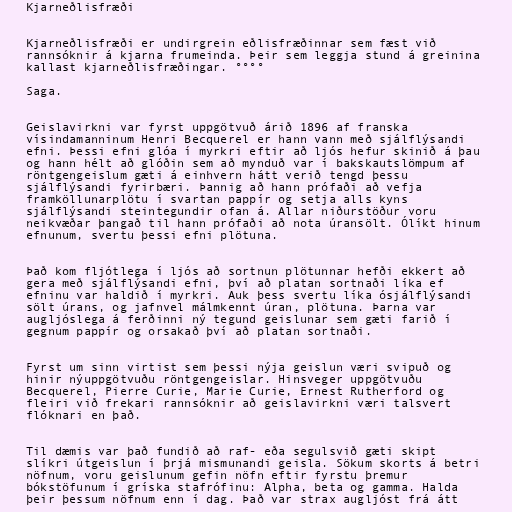
Kjarneðlisfræði

Kjarneðlisfræði er undirgrein eðlisfræðinnar sem fæst við
rannsóknir á kjarna frumeinda. Þeir sem leggja stund á greinina
kallast kjarneðlisfræðingar. °°°°

Saga.

Geislavirkni var fyrst uppgötvuð árið 1896 af franska
vísindamanninum Henri Becquerel er hann vann með sjálflýsandi
efni. Þessi efni glóa í myrkri eftir að ljós hefur skinið á þau
og hann hélt að glóðin sem að mynduð var í bakskautslömpum af
röntgengeislum gæti á einhvern hátt verið tengd þessu
sjálflýsandi fyrirbæri. Þannig að hann prófaði að vefja
framköllunarplötu í svartan pappír og setja alls kyns
sjálflýsandi steintegundir ofan á. Allar niðurstöður voru
neikvæðar þangað til hann prófaði að nota úransölt. Ólíkt hinum
efnunum, svertu þessi efni plötuna.

Það kom fljótlega í ljós að sortnun plötunnar hefði ekkert að
gera með sjálflýsandi efni, því að platan sortnaði líka ef
efninu var haldið í myrkri. Auk þess svertu líka ósjálflýsandi
sölt úrans, og jafnvel málmkennt úran, plötuna. Þarna var
augljóslega á ferðinni ný tegund geislunar sem gæti farið í
gegnum pappír og orsakað því að platan sortnaði.

Fyrst um sinn virtist sem þessi nýja geislun væri svipuð og
hinir nýuppgötvuðu röntgengeislar. Hinsveger uppgötvuðu
Becquerel, Pierre Curie, Marie Curie, Ernest Rutherford og
fleiri við frekari rannsóknir að geislavirkni væri talsvert
flóknari en það.

Til dæmis var það fundið að raf- eða segulsvið gæti skipt
slíkri útgeislun í þrjá mismunandi geisla. Sökum skorts á betri
nöfnum, voru geislunum gefin nöfn eftir fyrstu þremur
bókstöfunum í gríska stafrófinu: Alpha, beta og gamma. Halda
þeir þessum nöfnum enn í dag. Það var strax augljóst frá átt